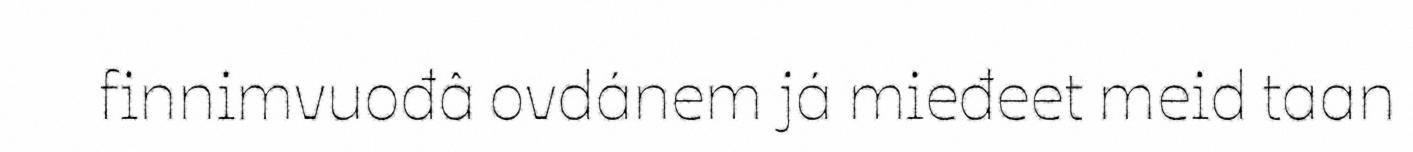
finnimvuođâ ovdánem já mieđeet meid taan